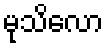
မုသိလော